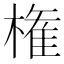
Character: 権